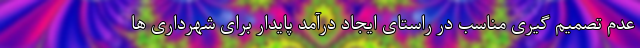
عدم تصمیم گیری مناسب در راستای ایجاد درآمد پایدار برای شهرداری ها